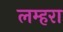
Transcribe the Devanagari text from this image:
लम्हरा